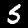
Digit: 5